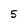
Character: 5